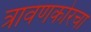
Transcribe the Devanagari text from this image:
त्रावणकोरचा